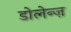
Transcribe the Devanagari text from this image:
डोलेन्ज़